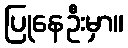
ပြုနေဦးမှာ။